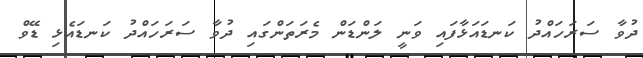
ދުވާ ސަރަހައްދު ކަނޑައަޅާފައި ވަނީ ލަންޑަން މެރަތަންގައި ދުވާ ސަރަހައްދު ކަނޑައެޅި ޑޭވް